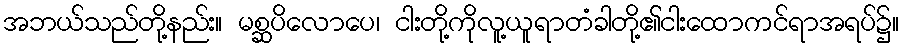
အဘယ်သည်တို့နည်း။ မစ္ဆပိလောပေ၊ ငါးတို့ကိုလူ့ယူရာတံခါတို့၏ငါးထောကင်ရာအရပ်၌။